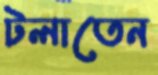
টলাতেন